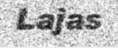
Lajas